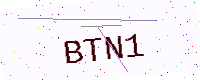
Text: BTN1